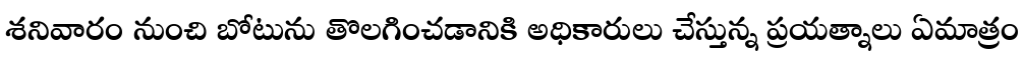
శనివారం నుంచి బోటును తొలగించడానికి అధికారులు చేస్తున్న ప్రయత్నాలు ఏమాత్రం